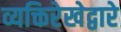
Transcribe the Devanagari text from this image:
व्यक्तिरेखेद्वारे